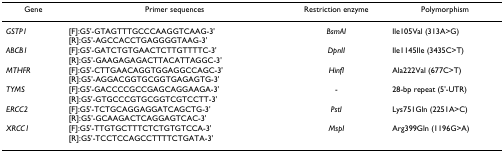
<table><thead><tr><td><b>Gene</b></td><td><b>Primer sequences</b></td><td><b>Restriction enzyme</b></td><td><b>Polymorphism</b></td></tr></thead><tbody><tr><td><i>GSTP1</i></td><td>[F]:G5&#x27;-GTAGTTTGCCCAAGGTCAAG-3&#x27;[R]:G5&#x27;-AGCCACCTGAGGGGTAAG-3&#x27;</td><td><i>BsmAI</i></td><td>Ile105Val (313A&gt;G)</td></tr><tr><td><i>ABCB1</i></td><td>[F]:G5&#x27;-GATCTGTGAACTCTTGTTTTC-3&#x27;[R]:G5&#x27;-GAAGAGAGACTTACATTAGGC-3&#x27;</td><td><i>DpnII</i></td><td>Ile1145Ile (3435C&gt;T)</td></tr><tr><td><i>MTHFR</i></td><td>[F]:G5&#x27;-CTTGAACAGGTGGAGGCCAGC-3&#x27;[R]:G5&#x27;-AGGACGGTGCGGTGAGAGTG-3&#x27;</td><td><i>HinfI</i></td><td>Ala222Val (677C&gt;T)</td></tr><tr><td><i>TYMS</i></td><td>[F]:G5&#x27;-GACCCCGCCGAGCAGGAAGA-3&#x27;[R]:G5&#x27;-GTGCCCGTGCGGTCGTCCTT-3&#x27;</td><td>-</td><td>28-bp repeat (5&#x27;-UTR)</td></tr><tr><td><i>ERCC2</i></td><td>[F]:G5&#x27;-TCTGCAGGAGGATCAGCTG-3&#x27;[R]:G5&#x27;-GCAAGACTCAGGAGTCAC-3&#x27;</td><td><i>PstI</i></td><td>Lys751Gln (2251A&gt;C)</td></tr><tr><td><i>XRCC1</i></td><td>[F]:G5&#x27;-TTGTGCTTTCTCTGTGTCCA-3&#x27;[R]:G5&#x27;-TCCTCCAGCCTTTTCTGATA-3&#x27;</td><td><i>MspI</i></td><td>Arg399Gln (1196G&gt;A)</td></tr></tbody></table>